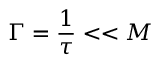
\Gamma = { \frac { 1 } { \tau } } < < M